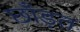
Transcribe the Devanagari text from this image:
छाँड़त